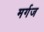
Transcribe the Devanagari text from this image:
मर्गज